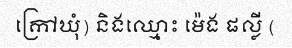
ក្រៅឃុំ) និងឈ្មោះ ម៉េង ផល្លី (